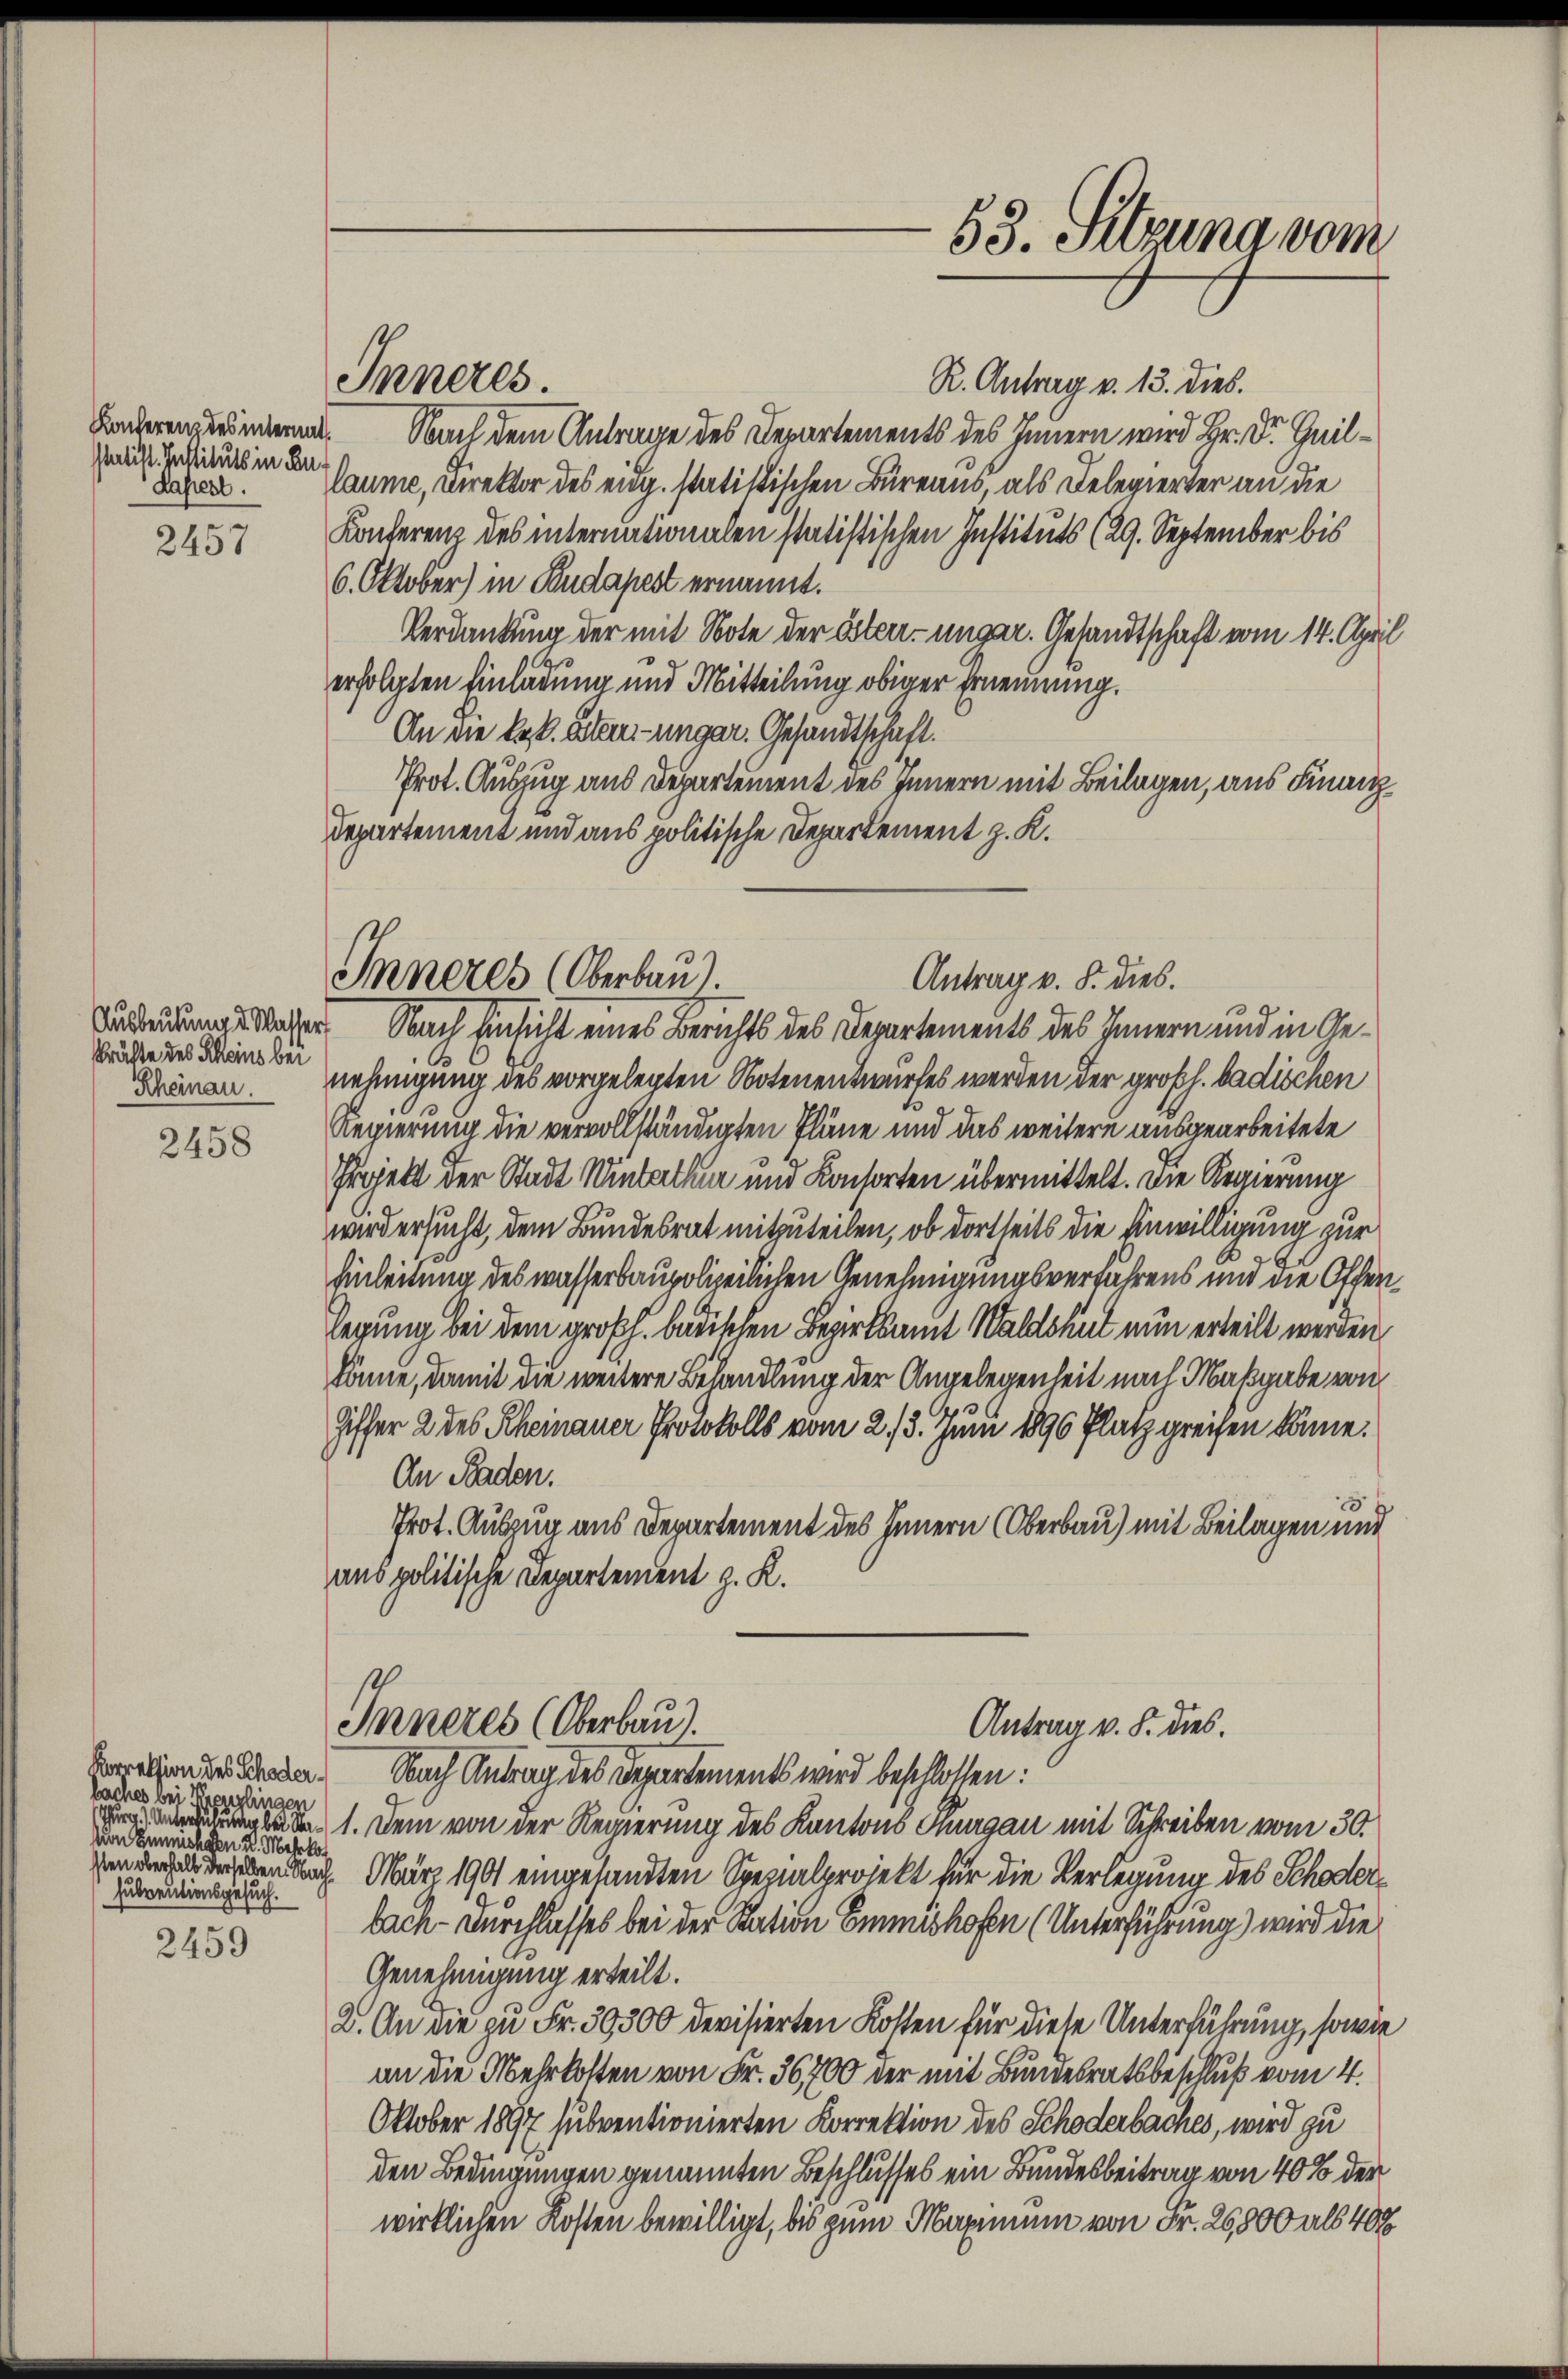
Italist. Instituts in de
Lassest.
e

2457

skräfte des Scheins bei

2458

baches bei Greuzlingen
Von Einmehren u. Mehrkos
subventionsgesuch.

2459

R. Antrag v. 13. dies.
Anderenzwänderen. Sei dem Antrage des Departements des Innern wird Hr. Dr. Quil¬
Waume, Direktor des eidg. statistischen Büreaus, als Delegierter an die
Konferenz des internationalen statistischen Instituts (29. September bis
6. Oktober) in Budapest ernannt.
Verdankung der mit Note der Ester- ungar. Gesandtschaft vom 14. April
erfolgten Einladung und Mitteilung obiger Ernennung.
An die k.k. Stern-ungar. Gesandtschaft.
Prot. Auszug aus Departement des Innern mit Beilagen, aus Finanz¬
Departement und aus politische Departement z. K.

Inneres.

Verwendung daher Nach Einsicht eines Berichts des Departements des Innern und in Ge¬
Dänen. Nehmigung des vorgelegten Notenentwurfes werden der großh. badischen
Regierung die vervollständigten Pläne und das weitere ausgearbeitete
Projekt der Stadt Winbachen und Konsorten übermittelt. Die Regierung
wird ersucht, dem Bundesrat mitzuteilen, ob dortseits die Anwilligung zur
Einleitung des wasserbaupolizeilichen Genehmigungsverfahrens und die Offenlegung bei dem großh. badischen Bezirksamt Waldshut nun erteilt werden,
könne, damit die weitere Behandlung der Angelegenheit nach Maßgabe von
.
Giffer 2 des Rheinauer Protokolls vom 2./13. Juni 1896 Platz greifen könne.
An Baden.
Prot. Auszug aus Departement des Innern (Oberbau) mit Beilagen und
aus politische Departement z. K.

Inneres (Oberbaut.
Antrag v. 8. dies.

Inneres (Oberbaut.
Antrag v. S. dies.

53. Sitzuna vom

ration der Aenden. Nach Antrag des Departements wird beschlossen:
b 1. Dem von der Regierung des Kantons Thurgau mit Schreiben vom 30.
benach März 1901 eingesandten Spezialprojekt für die Verlegung des Schöder
bach-Durchlasses bei der Station Emmishofen (Unterführung) wird die
Genehmigung erteilt.
2. An die zu Fr. 39300 devisierten Kosten für diese Unterführung, sowie
an die Mehrkosten von Fr. 36,700 der mit Bundesratsbeschluß vom 4.
Oktober 1897 subventionierten Korrektion des Schöderbaches, wird zu
den Bedingungen genannten Beschlusses ein Bundesbeitrag von 40% der
wirklichen Kosten bewilligt, bis zum Maximum von Fr. 26,800 als 400